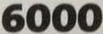
6000